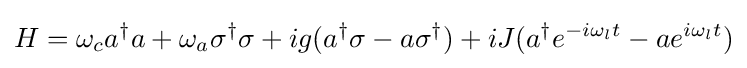
H=\omega _{c}a^{\dagger }a+\omega _{a}\sigma ^{\dagger }\sigma +ig(a^{\dagger }\sigma -a\sigma ^{\dagger })+iJ(a^{\dagger }e^{-i\omega _{l}t}-ae^{i\omega _{l}t})